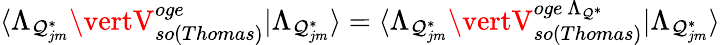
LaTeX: \langle\Lambda_{\mathcal{Q}_{jm}^{*}}\vertV_{so(Thomas)}^{oge}\vert\Lambda_{\mathcal{Q}_{jm}^{*}}\rangle=\langle\Lambda_{\mathcal{Q}_{jm}^{*}}\vertV_{so(Thomas)}^{oge~\Lambda_{\mathcal{Q}^{*}}}\vert\Lambda_{\mathcal{Q}_{jm}^{*}}\rangle